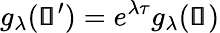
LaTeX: g_{\lambda}(\pmb{\mathscr{s}}^{\prime})=e^{\lambda\tau}g_{\lambda}(\pmb{\mathscr{s}})